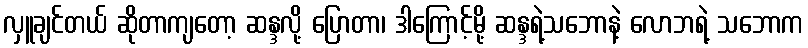
လှူချင်တယ် ဆိုတာကျတော့ ဆန္ဒလို့ ပြောတာ၊ ဒါကြောင့်မို့ ဆန္ဒရဲ့သဘောနဲ့ လောဘရဲ့ သဘောက